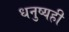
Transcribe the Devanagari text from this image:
धनुष्यही